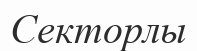
Секторлы